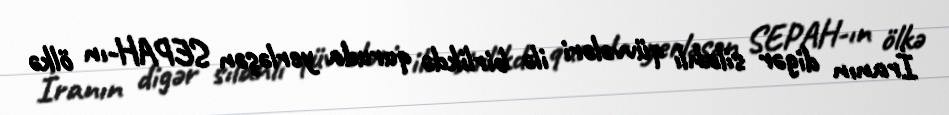
İranın digər silahlı qüvvələri ilə birlikdə quruda yerləşən SEPAH-ın ölkə